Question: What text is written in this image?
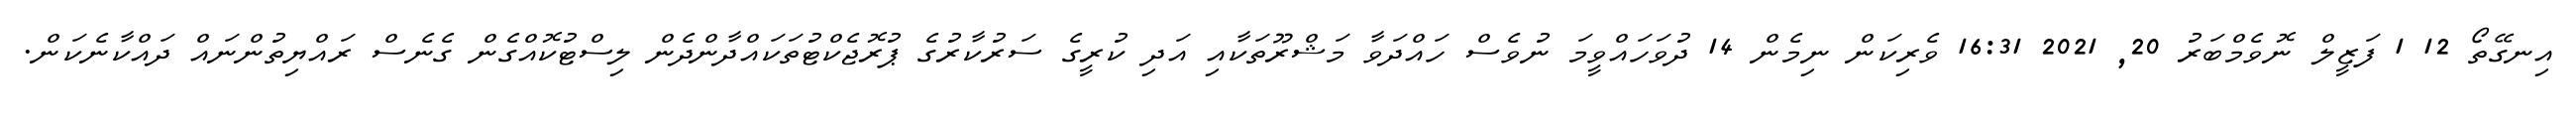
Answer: އިނގޭތޯ 12 1 ފަޒީލް ނޮވެމްބަރު 20, 2021 16:31 ވެރިކަން ނިމެން 14 ދުވަހައްވީމަ ނުވެސް ހައްދަވާ މަޝްރޫތަކާއި އަދި ކުރީގެ ސަރުކާރުގެ ޕުރޮޖެކްޓުތަކައްދާންދެން ލިސްޓުކޮއްގެން ގެނެސް ރައްޔިތުންނައް ދައްކާނެކަން.